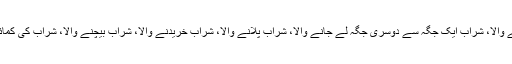
وہ ہیں شراب نچوڑنے والا، شراب نچوڑنے کا عمل کرنےوالا، شراب پینے والا، شراب ایک جگہ سے دوسری جگہ لے جانے والا، شراب پلانے والا، شراب خریدنے والا، شراب بیچنے والا، شراب کی کمائی کھانے والاجس کے حکم سے اس کے پاس شراب لائی جائے( ترمذی)۔